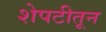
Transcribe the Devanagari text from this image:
शेपटीतून